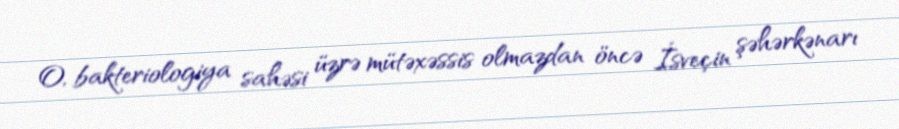
O, bakteriologiya sahəsi üzrə mütəxəssis olmazdan öncə İsveçin şəhərkənarı